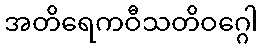
အတိရေကဝီသတိဝဂ္ဂေါ